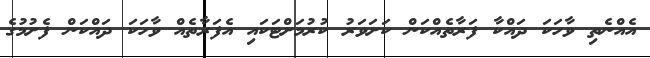
އެއްނެތި ވާހަކަ ދައްކާ ފަރާތެއްކަން ކަށަވަރު ކުރުމަށްޓަކައި އެފަރާތެއް ވާހަކަ ދައްކަން ފެށުމުގެ